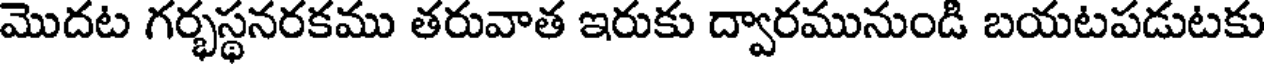
మొదట గర్భస్థనరకము తరువాత ఇరుకు ద్వారమునుండి బయటపడుటకు